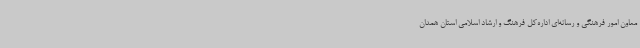
معاون امور فرهنگی و رسانه‌ای اداره‌کل فرهنگ و ارشاد اسلامی استان همدان